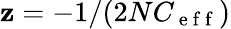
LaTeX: \mathbf{z}=-1/(2NC_{\mathrm{{~e~f~f~}}})